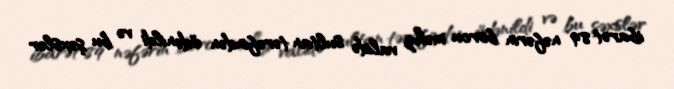
ibarət 89 nəfərin borcu məhz validə sultan tərəfindən ödənildi və bu şəxslər